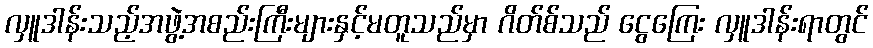
လှူဒါန်းသည့်အဖွဲ့အစည်းကြီးများနှင့်မတူသည်မှာ ဂိတ်စ်သည် ငွေကြေး လှူဒါန်းရာတွင်